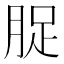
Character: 𮌘